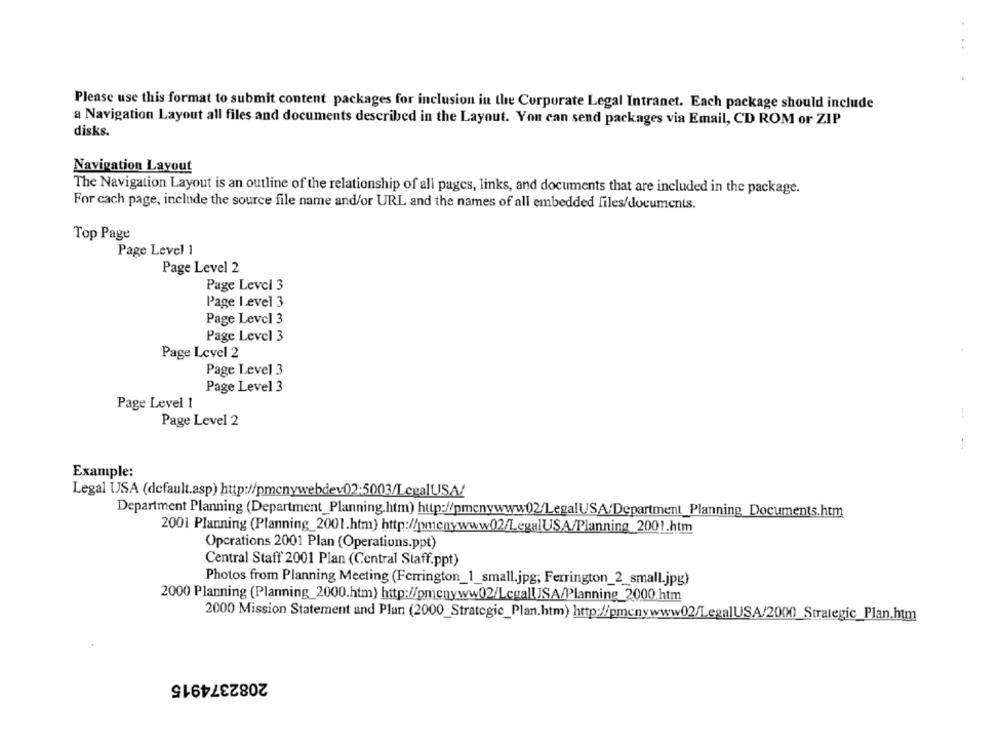
. .
Please use this format to submit content packages for inclusion in the Corporate Legal Intranet. Each package should include
a Navigation Layout all files and documents described in the Layout. You can send packages via Email, CD ROM or ZIP
disks.
Navigation Layout
The Navigation Layout is an outline of the relationship of all pages, links, and documents that are included in the package.
For cach page, include the source file name and/or URL and the names of all embedded files/documents.
Top Page
Page Level 1
Page Level 2
Page Level 3
Page Level 3
Page Level 3
Page Level 3
Page Level 2
Page Level 3
Page Level 3
Page Level 1
Page Level 2
Example:
Legal USA (default.asp) http://pmcnywebdev0)2:5003/LegalUSA/
Department Planning (Department_Planning.htm) http://pmcnywww02/LegalUSA/Department_Planning_Documents.htm
2001 Planning (Planning_2001.htm) http://pmenywww02/LegalUSA/Planning_2001.htm
Operations 2001 Plan (Operations.ppt)
Central Staff 2001 Plan (Central Staff.ppt)
Photos from Planning Meeting (Ferrington_1_small.jpg; Ferrington_2_small.jpg)
2000 Planning (Planning_2000.htm) http://pmenyww02/Legal[USA/Planning_2000.htm
2000 Mission Statement and Plan (2000_Strategic_Plan.htm) http://pmcnywww02/LegalUSA/2000_Strategic_Plan.htm
2082374915